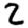
Digit: 2